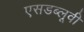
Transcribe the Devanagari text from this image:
एसडब्लूवी